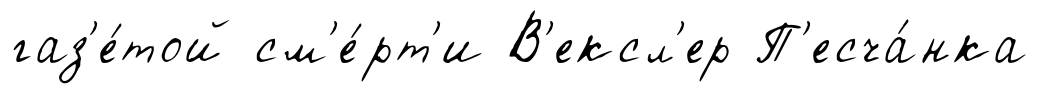
газ'е́той см'е́рт'и В'ексл'ер П'есча́нка